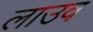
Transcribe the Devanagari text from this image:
लाउव